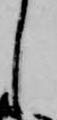
し